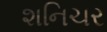
શનિચર